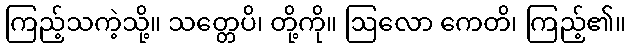
ကြည့်သကဲ့သို့။ သတ္တေပိ၊ တို့ကို။ ဩလော ကေတိ၊ ကြည့်၏။